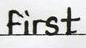
First